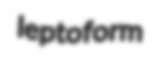
leptoform